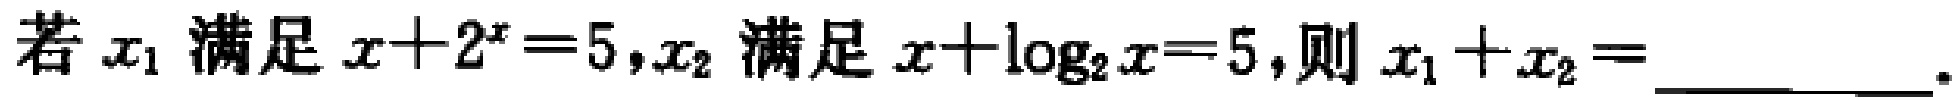
若\(x_{1}\)满足\(x + 2^{x} = 5\)，\(x_{2}\)满足\(x + \log_{2}x = 5\)，则\(x_{1} + x_{2} =\) __________ 。